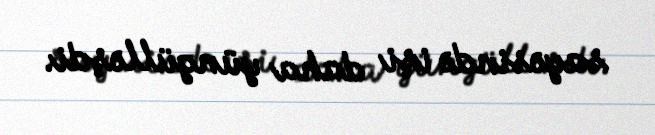
sayəsində işi daha yüngülləşdi.